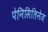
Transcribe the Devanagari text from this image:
पेनिसिलिनेज